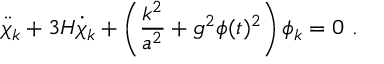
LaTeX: \ddot { \chi } _ { k } + 3 H \dot { \chi } _ { k } + \left( { \frac { k ^ { 2 } } { a ^ { 2 } } } + g ^ { 2 } \phi ( t ) ^ { 2 } \right) \phi _ { k } = 0 \ .